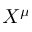
X ^ { \mu }